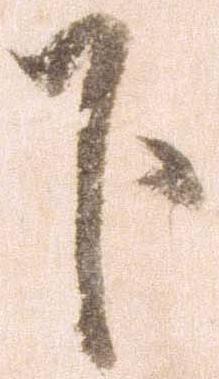
下